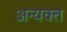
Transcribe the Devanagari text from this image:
अन्यक्त